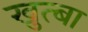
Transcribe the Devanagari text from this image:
खुत्बा